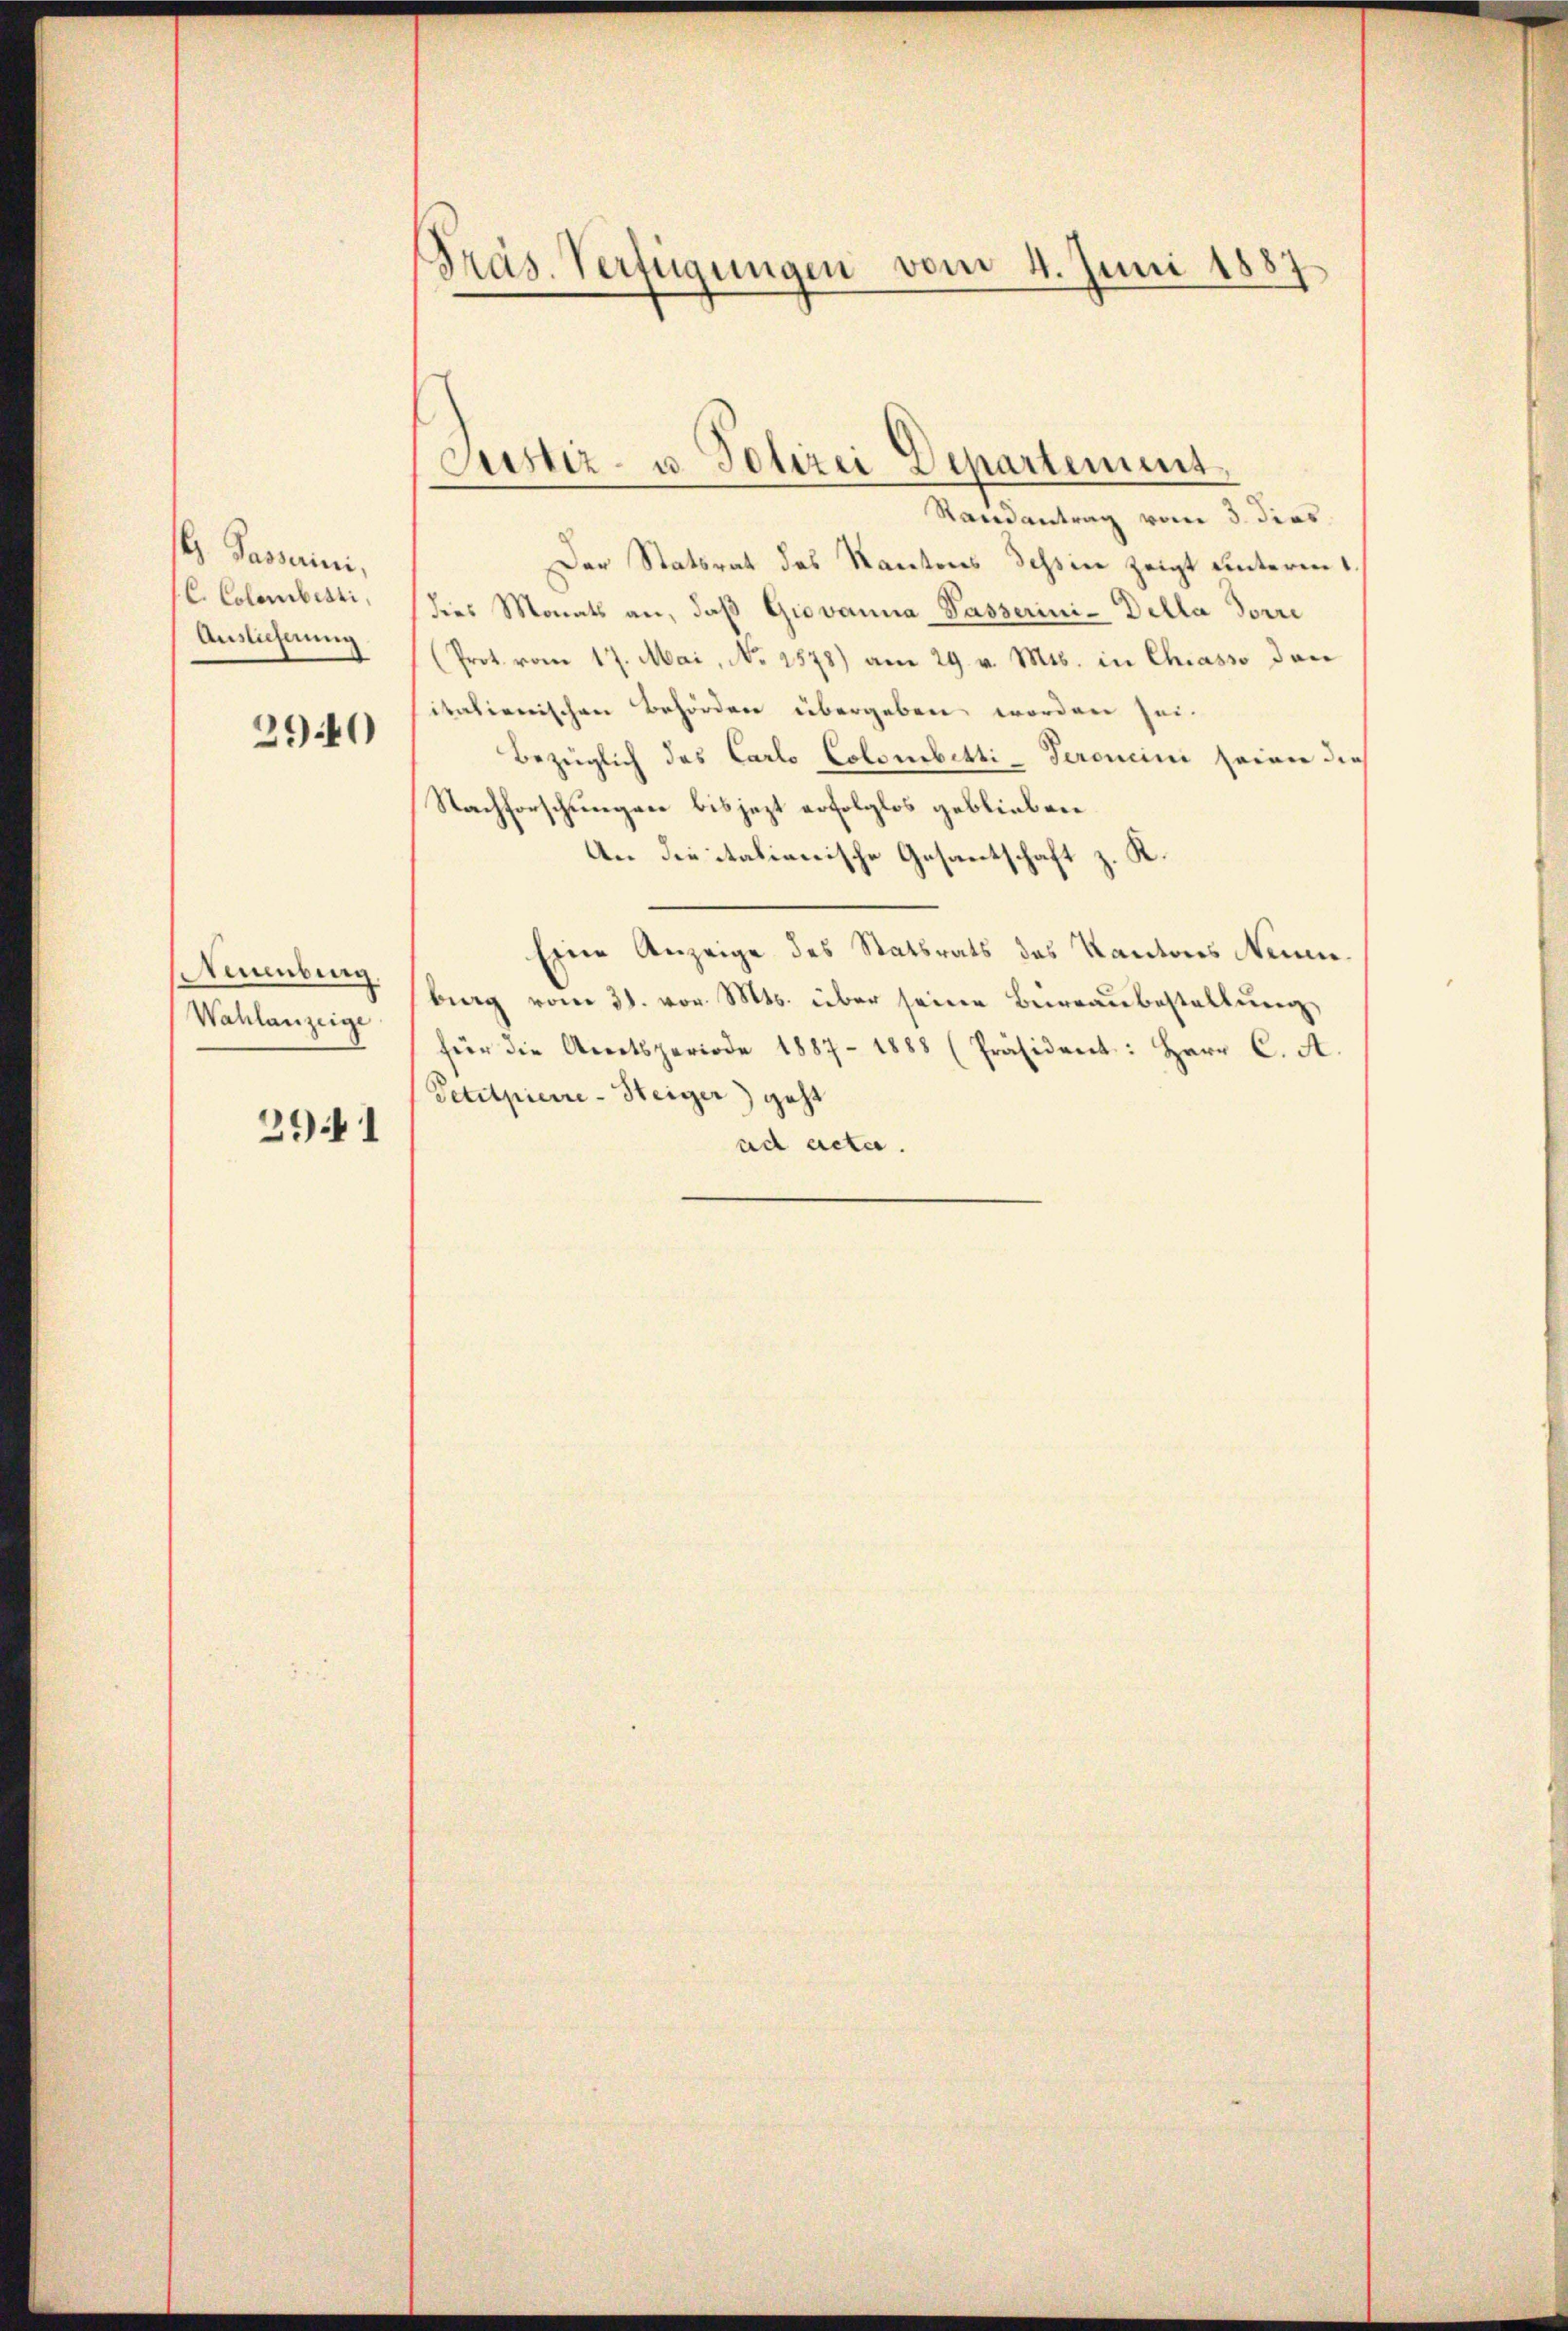
H. Passarini,
C. Colombetti,
Auslicherung

2940

Nenburg,
Wahlanzeige

2941

Präs. Verfügungen vom 4. Juni 1887

Justiz- u. Polizei Departement,

Randantrag vom 3. dies
Der Statsrat des Kantons Tessine zeigt unterm
dies Monats an, daß Giovanna Passerini-Della Sorre
(Prot. vom 17. Mai, No 2578) am 29. v. Mts. in Chiasso den
italienischen Behördere übergeben worden sei.
Bezüglich das Carlo Colombetti-Seronini seiner die
Nachforschungen bis jezt erfolglos geblieben
An die italienische Gesantschaft z. K.
Eine Anzeige des Statsrats des Kantons Neuenberg vom 31. vor. Mts. über seine Bureaubestaltung,
für die Amtsperiode 1887 - 1888 (Präsident: Herr C. A.
Petitpierre-Steiger) geht
ad acta.